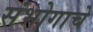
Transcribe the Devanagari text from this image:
संभोगाचे